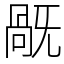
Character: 旤